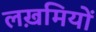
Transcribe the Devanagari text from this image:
लख़मियों